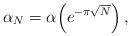
LaTeX: \begin{align*}\alpha_N = \alpha\!\left(e^{-\pi\sqrt{N}}\right),\end{align*}